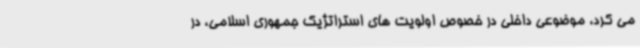
می کرد، موضوعی داخلی در خصوص اولویت های استراتژیک جمهوری اسلامی، در